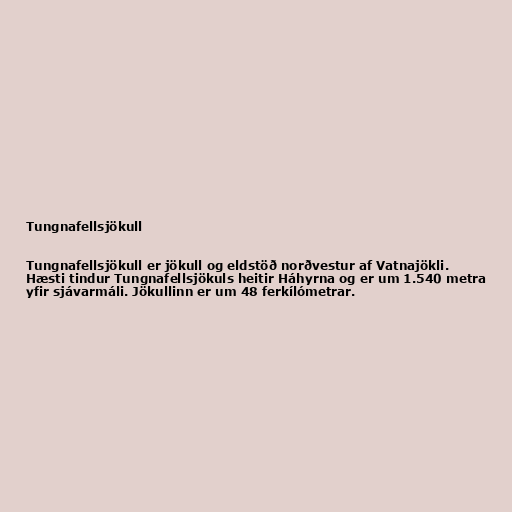
Tungnafellsjökull

Tungnafellsjökull er jökull og eldstöð norðvestur af Vatnajökli.
Hæsti tindur Tungnafellsjökuls heitir Háhyrna og er um 1.540 metra
yfir sjávarmáli. Jökullinn er um 48 ferkílómetrar.